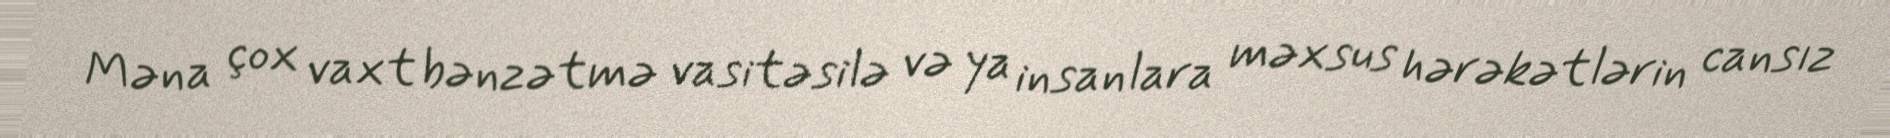
Məna çox vaxt bənzətmə vasitəsilə və ya insanlara məxsus hərəkətlərin cansız